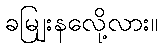
ခမျြးနလေို့လား။